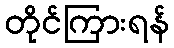
တိုင်ကြားရန်